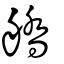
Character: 𦪞